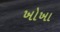
ખોખા